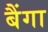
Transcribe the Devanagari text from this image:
बैंगा